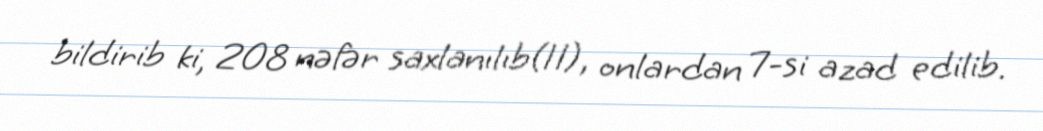
bildirib ki, 208 nəfər saxlanılıb(11), onlardan 7-si azad edilib.